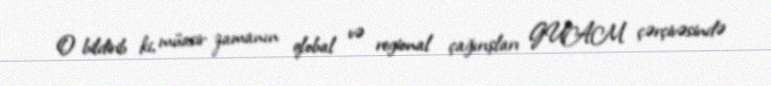
O bildirib ki, müasir zamanın qlobal və regional çağırışları GUAM çərçivəsində